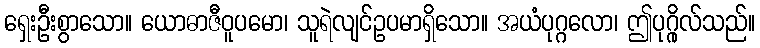
ရှေးဦးစွာသော။ ယောဓာဇီဝူပမော၊ သူရဲလျင်ဥပမာရှိသော။ အယံပုဂ္ဂလော၊ ဤပုဂ္ဂိုလ်သည်။